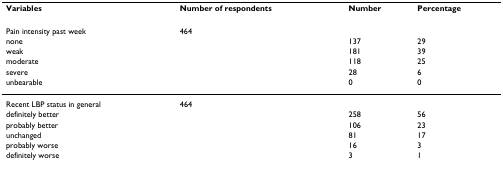
| Variables | Number of respondents | Number | Percentage |
 | --- | --- | --- | --- |
 | Pain intensity past week | 464 |  |  |
 | none |  | 137 | 29 |
 | weak |  | 181 | 39 |
 | moderate |  | 118 | 25 |
 | severe |  | 28 | 6 |
 | unbearable |  | 0 | 0 |
 | Recent LBP status in general | 464 |  |  |
 | definitely better |  | 258 | 56 |
 | probably better |  | 106 | 23 |
 | unchanged |  | 81 | 17 |
 | probably worse |  | 16 | 3 |
 | definitely worse |  | 3 | 1 |